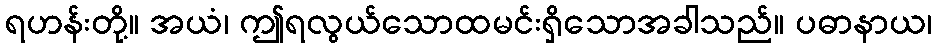
ရဟန်းတို့။ အယံ၊ ဤရလွယ်သောထမင်းရှိသောအခါသည်။ ပဓာနာယ၊